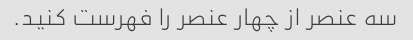
سه عنصر از چهار عنصر را فهرست کنید.